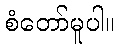
စံတော်မူပါ။